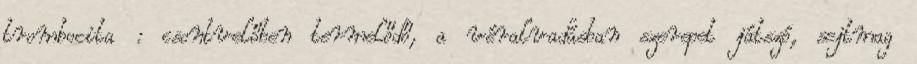
trombocita : csontvelőben termelődő, a véralvadásban szerepet játszó, sejtmag